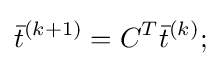
{\bar {t}}^{(k+1)}=C^{T}{\bar {t}}^{(k)};